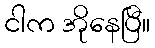
ငါက အိုနေပြီ။